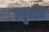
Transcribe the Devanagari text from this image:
ल्युब्बॉक